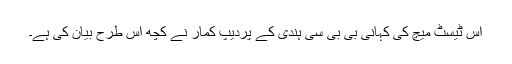
اس ٹیسٹ میچ کی کہانی بی بی سی ہندی کے پردیپ کمار نے کچھ اس طرح بیان کی ہے۔